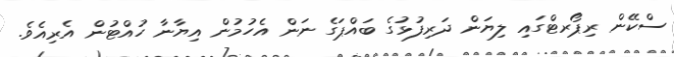
ސްކޭން ރިޕޯރޓްގައި ލިޔަން ދަރިފުޅުގެ ބައްޕަގެ ނަން އެހުމުން އިޔާނާ ހުއްޓުން އެރިއެވެ.